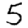
Digit: 5